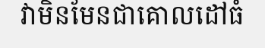
វាមិនមែនជាគោលដៅធំ